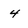
Character: 4